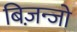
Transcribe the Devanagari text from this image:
बिज़न्जो